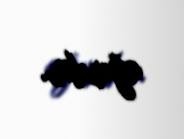
ağırdır.